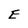
Character: E